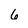
Character: 6